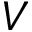
V